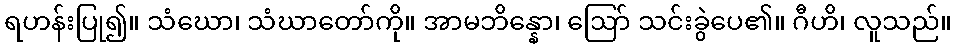
ရဟန်းပြု၍။ သံဃော၊ သံဃာတော်ကို။ အာမဘိန္နော၊ ဩော် သင်းခွဲပေ၏။ ဂီဟိ၊ လူသည်။